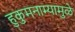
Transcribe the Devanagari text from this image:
हुकुमनाम्यामुळे